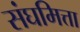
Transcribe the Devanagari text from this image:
संघमित्ता